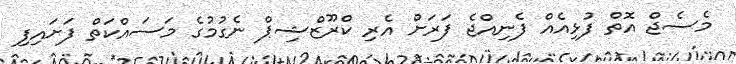
މެސެޖް އޮތް ފުޅިއެއް ފެނިއްޖެ ފަރަށް އެރި ކްރޫޒްޝިޕް ނެގުމުގެ މަސައްކަތް ފަށައިފި